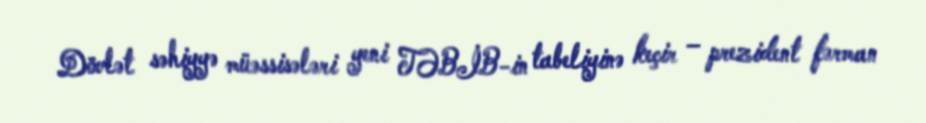
Dövlət səhiyyə müəssisələri yeni TƏBİB-in tabeliyinə keçir – prezident fərman